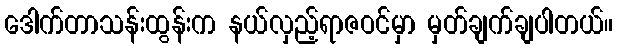
ဒေါက်တာသန်းထွန်းက နယ်လှည့်ရာဇဝင်မှာ မှတ်ချက်ချပါတယ်။